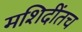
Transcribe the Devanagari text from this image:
मशिदींतच